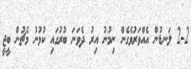
2-2 ލަނޑުން އެއްވަރުވެގެން ނިމުނު އިރު ދެވަނަ ބުރުގައި ކުޅުނު މެޗުން ބީޖީ